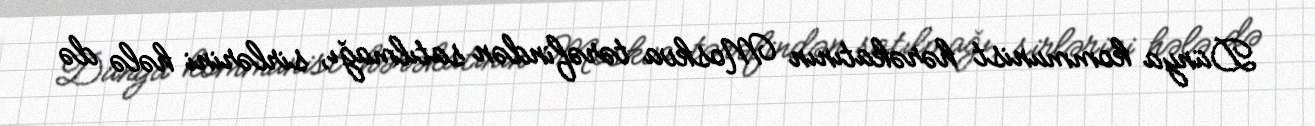
Dünya kommunist hərəkatının Moskva tərəfindən satılmağı, sirlərini hələ də